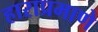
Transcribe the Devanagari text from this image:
हाराप्रमाणे